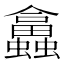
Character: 𧕙